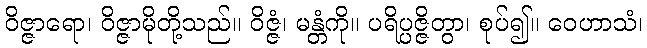
ဝိဇ္ဇာရော၊ ဝိဇ္ဇာမိုတို့သည်။ ဝိဇ္ဇံ၊ မန္တံကို။ ပရိပ္ပဇ္ဇိတွာ၊ စုပ်၍။ ဝေဟာသံ၊